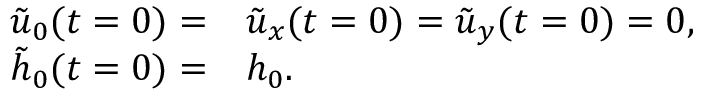
\begin{array} { r l } { \tilde { u } _ { 0 } ( t = 0 ) = } & { { } \tilde { u } _ { x } ( t = 0 ) = \tilde { u } _ { y } ( t = 0 ) = 0 , \; \; } \\ { \tilde { h } _ { 0 } ( t = 0 ) = } & { { } h _ { 0 } . } \end{array}